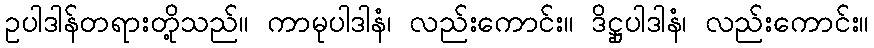
ဥပါဒါန်တရားတို့သည်။ ကာမုပါဒါနံ၊ လည်းကောင်း။ ဒိဋ္ဌုပါဒါနံ၊ လည်းကောင်း။